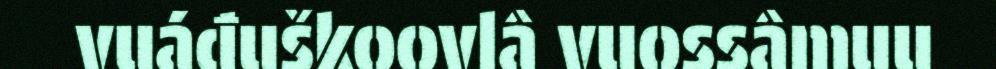
vuáđuškoovlâ vuossâmuu